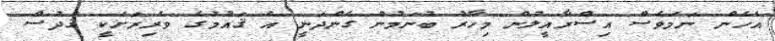
އެހެން ނަމަވެސް އިސްރާއީލުން މިހާރު ބުނަމުން ގެންދަނީ އެ ޤައުމުގެ ވެރިރަށަކީ ޤުދުސް